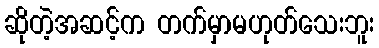
ဆိုတဲ့အဆင့်က တက်မှာမဟုတ်သေးဘူး